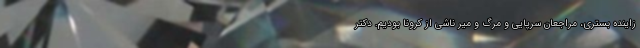
زاینده بستری، مراجعان سرپایی و مرگ و میر ناشی از کرونا بودیم. دکتر